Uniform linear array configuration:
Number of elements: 4
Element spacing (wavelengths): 0.25
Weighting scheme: binomial
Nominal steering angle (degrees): -15
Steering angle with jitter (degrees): -15.276
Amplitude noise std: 0.05
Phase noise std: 0.05

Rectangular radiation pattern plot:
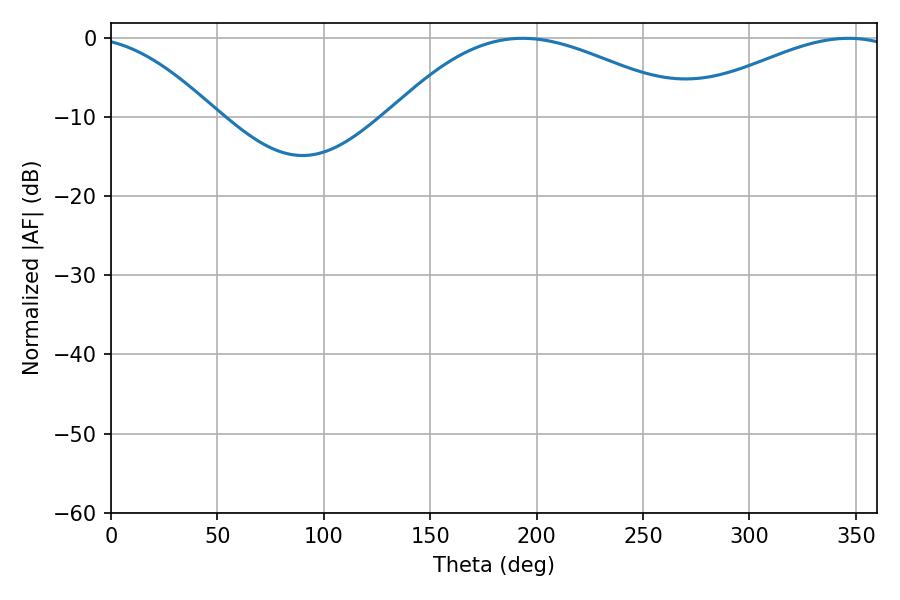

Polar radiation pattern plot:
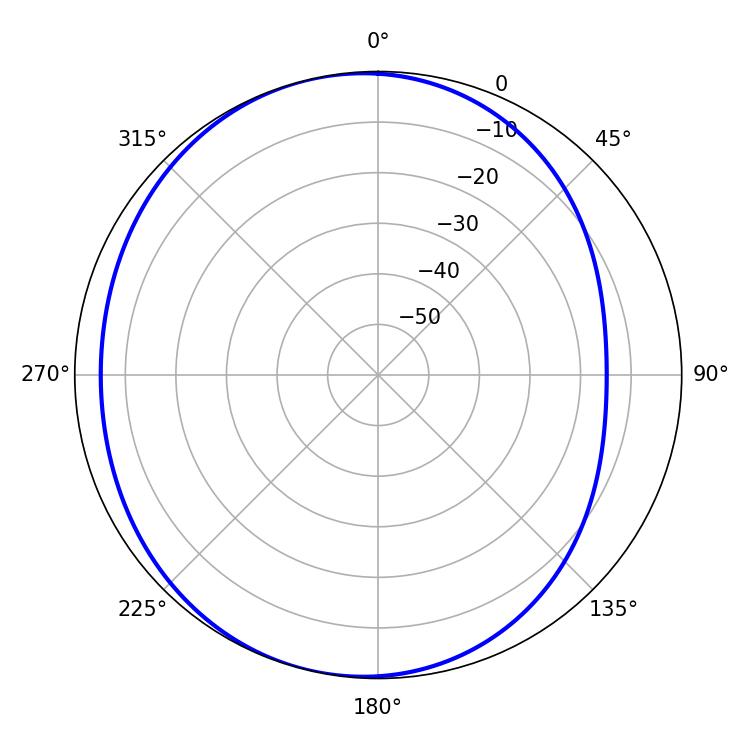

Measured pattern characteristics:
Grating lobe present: FALSE
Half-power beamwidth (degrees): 77.22
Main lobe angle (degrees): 193.32